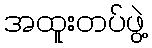
အထူးတပ်ဖွဲ့